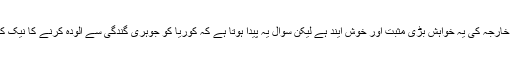
بلاشبہ امریکی محکمہ خارجہ کی یہ خواہش بڑی مثبت اور خوش آیند ہے لیکن سوال یہ پیدا ہوتا ہے کہ کوریا کو جوہری گندگی سے آلودہ کرنے کا نیک کام کس نے شروع کیا؟